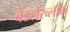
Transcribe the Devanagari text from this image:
बेंडलेरब्लॉक